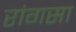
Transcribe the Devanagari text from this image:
रांगसा